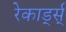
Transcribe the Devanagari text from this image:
रेकार्ड्स्